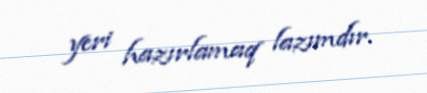
yeri hazırlamaq lazımdır.